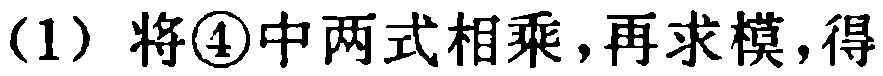
(1) 将\textcircled{4}中两式相乘，再求模，得